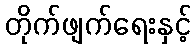
တိုက်ဖျက်ရေးနှင့်